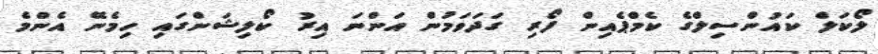
ލޯކަލް ކައުންސިލްގެ ކެމްޕެއިން ފޯރި ގަދަވަމުން އަންނަ އިރު ކޯލިޝަންގައި ހިމެނޭ އެންމެ